Medical and sanitary report on the native army of Bombay for the year
Year: 1878
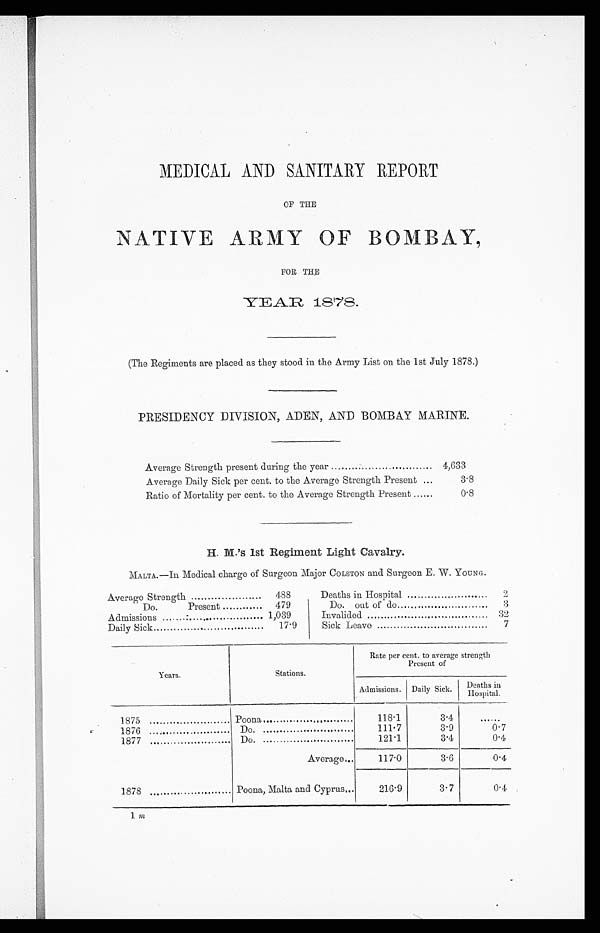
MEDICAL AND SANITARY REPORT
OF THE
NATIVE ARMY OF BOMBAY,
FOR THE
(The Regiments are placed as they stood in the Army List on the 1st July 1878.)
PRESIDENCY DIVISION, ADEN, AND BOMBAY MARINE.
Average Strength present during the year
4,633
Average Daily Sick per cent. to the Average Strength Present
3.8
Ratio of Mortality per cent. to the Average Strength Present
0.8
H. M.'s 1st Regiment Light Cavalry.
MALTA.—In Medical charge of Surgeon Major COLSTON and Surgeon. E. W. YOUNG.
Average Strength
488
Deaths in Hospital
2
Do.
Present
479
Do
out of do
3
Admissions
. .
1,039
Invalided
32
Daily Sick
17.9
Sick Leave
7
Years.
Stations.
Rate per cent. to average strength
Present of
Admissions.
Daily Sick.
Deaths in
H o a p i t a l .
1875
Poona...
118.1
3.4
......
1876
. . . . . . . . . . . . . . . . . . . . . . .
Do.
111.7
3.9
0 . 7
1877
Do.
121.1
3.4
0.4
1878
Average...
117.0
3.6
0.4
Poona, Malta and Cyprus...
216.9
3.7
0.4
1
m